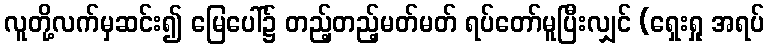
လူတို့လက်မှဆင်း၍ မြေပေါ်၌ တည့်တည့်မတ်မတ် ရပ်တော်မူပြီးလျှင် (ရှေးရှု အရပ်